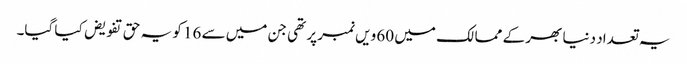
یہ تعداد دنیا بھر کے ممالک میں 60 ویں نمبر پر تھی جن میں سے 16 کو یہ حق تفویض کیا گیا۔